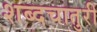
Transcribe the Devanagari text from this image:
शब्दचातुरी